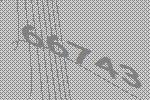
66743